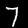
Digit: 7